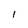
Character: l